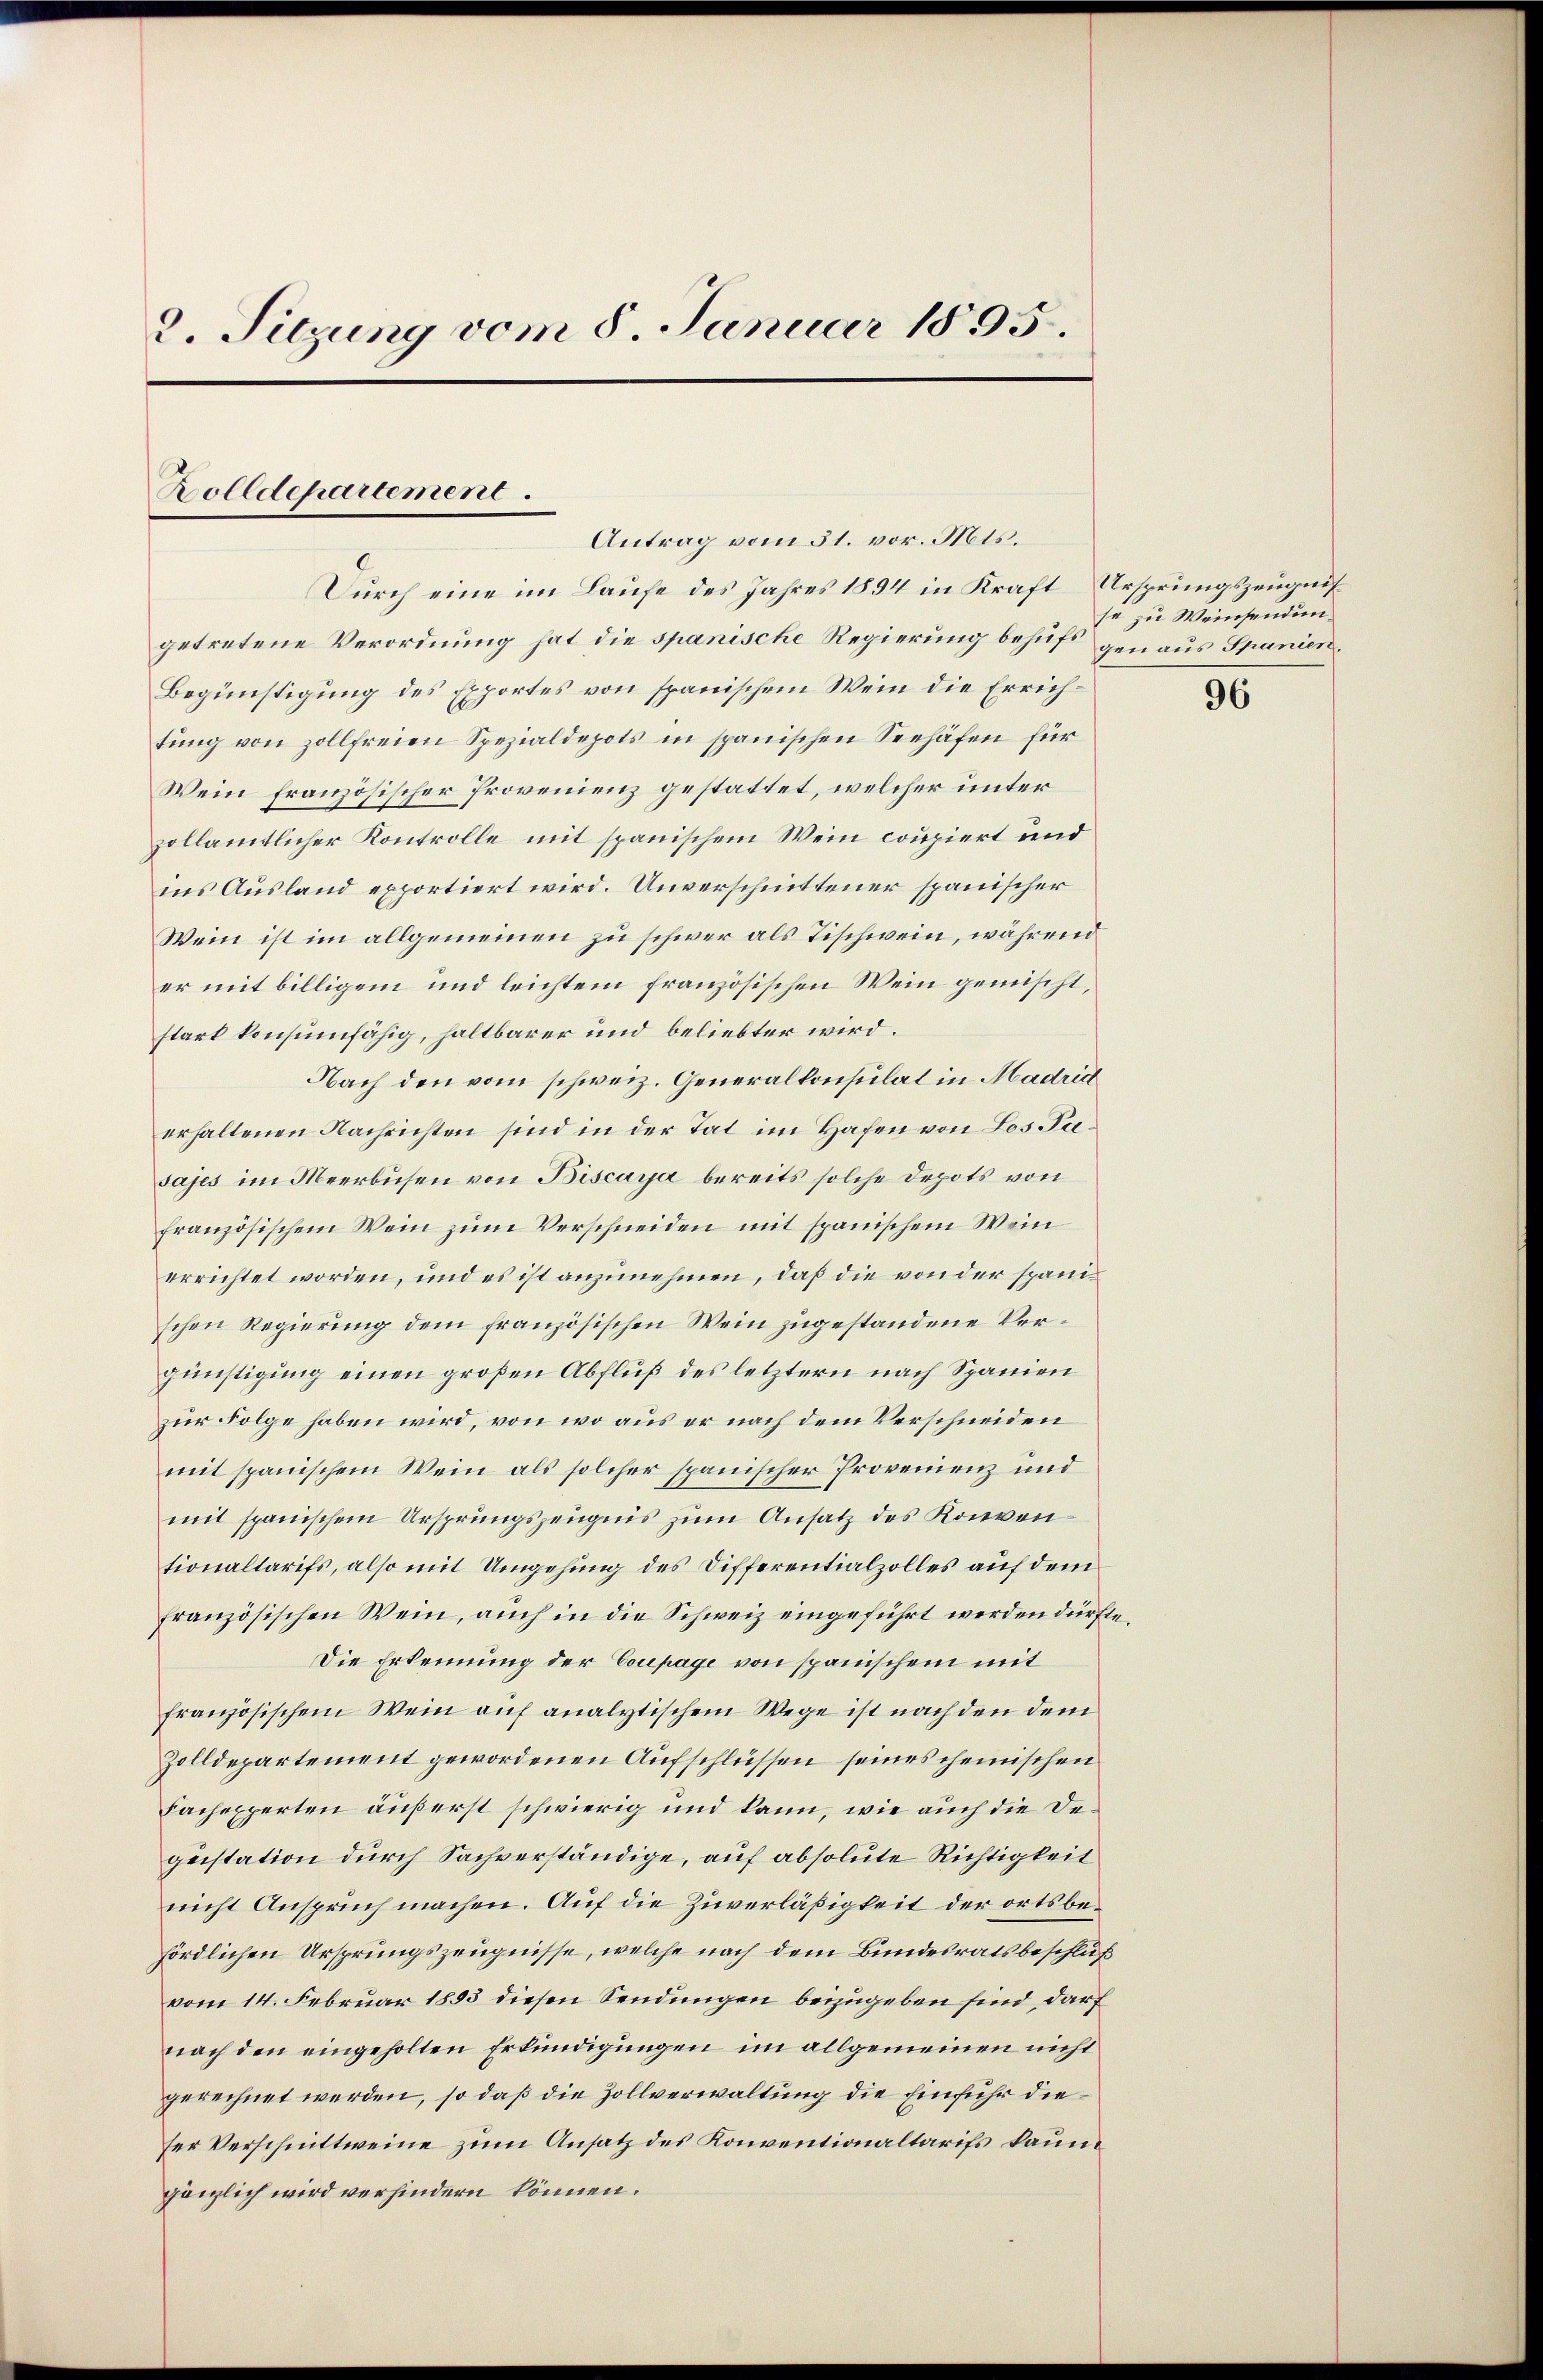
2. Sitzung vom 8. Januar 1895.
Zolldepartement.
Antrag vom 31. vor. Mts.

Durch eine im Laufe des Jahres 1894 in Kraft Ursprungszeugnis
getretene Verordnung hat die spanische Regierung behufs genaus Spanien.
Begünstigung des Exportes von spanischem Wein die Errichtung von zollfreien Spezialdepots in spanischen Seehäfen für
scher Provenienz gestattet, welcher unter
Wein Französ.
zollamtlicher Kontrolle mit spanischem Wein coupiert und
ins Ausland exportiert wird. Unverschnittener spanischer
Wein ist im allgemeinen zu schwer als Tischwein, während
er mit billigem und leichtem französischen Wein gemischt,
start konsumfähig, haltbarer und beliebter wird.
Nach den vom schweiz. Generalkonsulat in Madrid
erhaltenen Nachrichten sind in der Tat im Hafen von Los. Pasajes im Übeerbusen von Biscara bereits solche Depots von
französischem Wein zum Verschneiden mit spanischem Wein
errichtet worden, und es ist anzunehmen, daß die von der spanischen Regierung dem französischen Wein zugestandene Vergünstigung einen großen Abfluß des letztern nach Spanien
zur Folge haben wird, von wo aus er nach dem Verschneiden
mit spanischem Wein als solcher spanischer Provenienz und
mit spanischem Ursprungszeugnis zum Ansatz des Konventionaltarifs, also mit Umgehung des Differentialzolles auf dem
französischen Wein, aŭch in die Schweiz eingeführt werden dürfte.
Die Erkennung der Coupage von spanischem mit
französischem Wein auf analytischem Wege ist nach den dem
Zolldepartement gewordenen Aufschlüssen seines chemischen
Fachexperten äußerst schwierig und kann, wie auch die Dequistation durch Sachverständige, auf absolute Richtigkeit
nicht Anspruch machen. Auf die Zuverläßigkeit der ortsbehördlichen Ursprungszeugnisse, welche nach dem Bundesratsbeschluß
vom 14. Februar 1893 diesen Sendungen beizugeben sind, darf
nach den eingeholten Erkundigungen im allgemeinen nicht
gerechnet werden, so daß die Zollverwaltung die Einführ dieser Verschnittweine zum Ansatz des Konventionaltarifs kaum
gänzlich wird verhindern können.

se zu Weinsendun¬

96